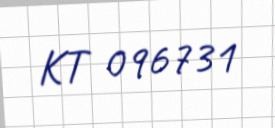
KT 096731